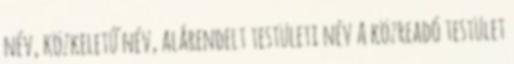
név, közkeletű név, alárendelt testületi név A közreadó testület